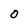
Character: O